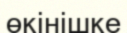
өкінішке